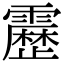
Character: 𮦷